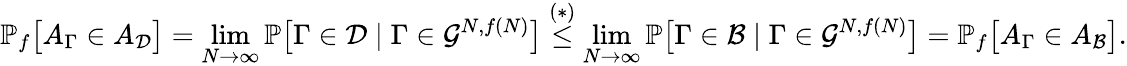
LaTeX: \mathbb P_{f}\big[A_{\Gamma}\in A_{\mathcal D}\big]=\operatorname*{lim}_{N\to\infty}\mathbb P\big[\Gamma\in\mathcal D\mid\Gamma\in\mathcal G^{N,f(N)}\big]\overset{(*)}\leq\operatorname*{lim}_{N\to\infty}\mathbb P\big[\Gamma\in\mathcal B\mid\Gamma\in\mathcal G^{N,f(N)}\big]=\mathbb P_{f}\big[A_{\Gamma}\in A_{\mathcal B}\big].